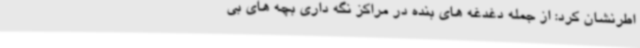
اطرنشان کرد: از جمله دغدغه های بنده در مراکز نگه داری بچه های بی